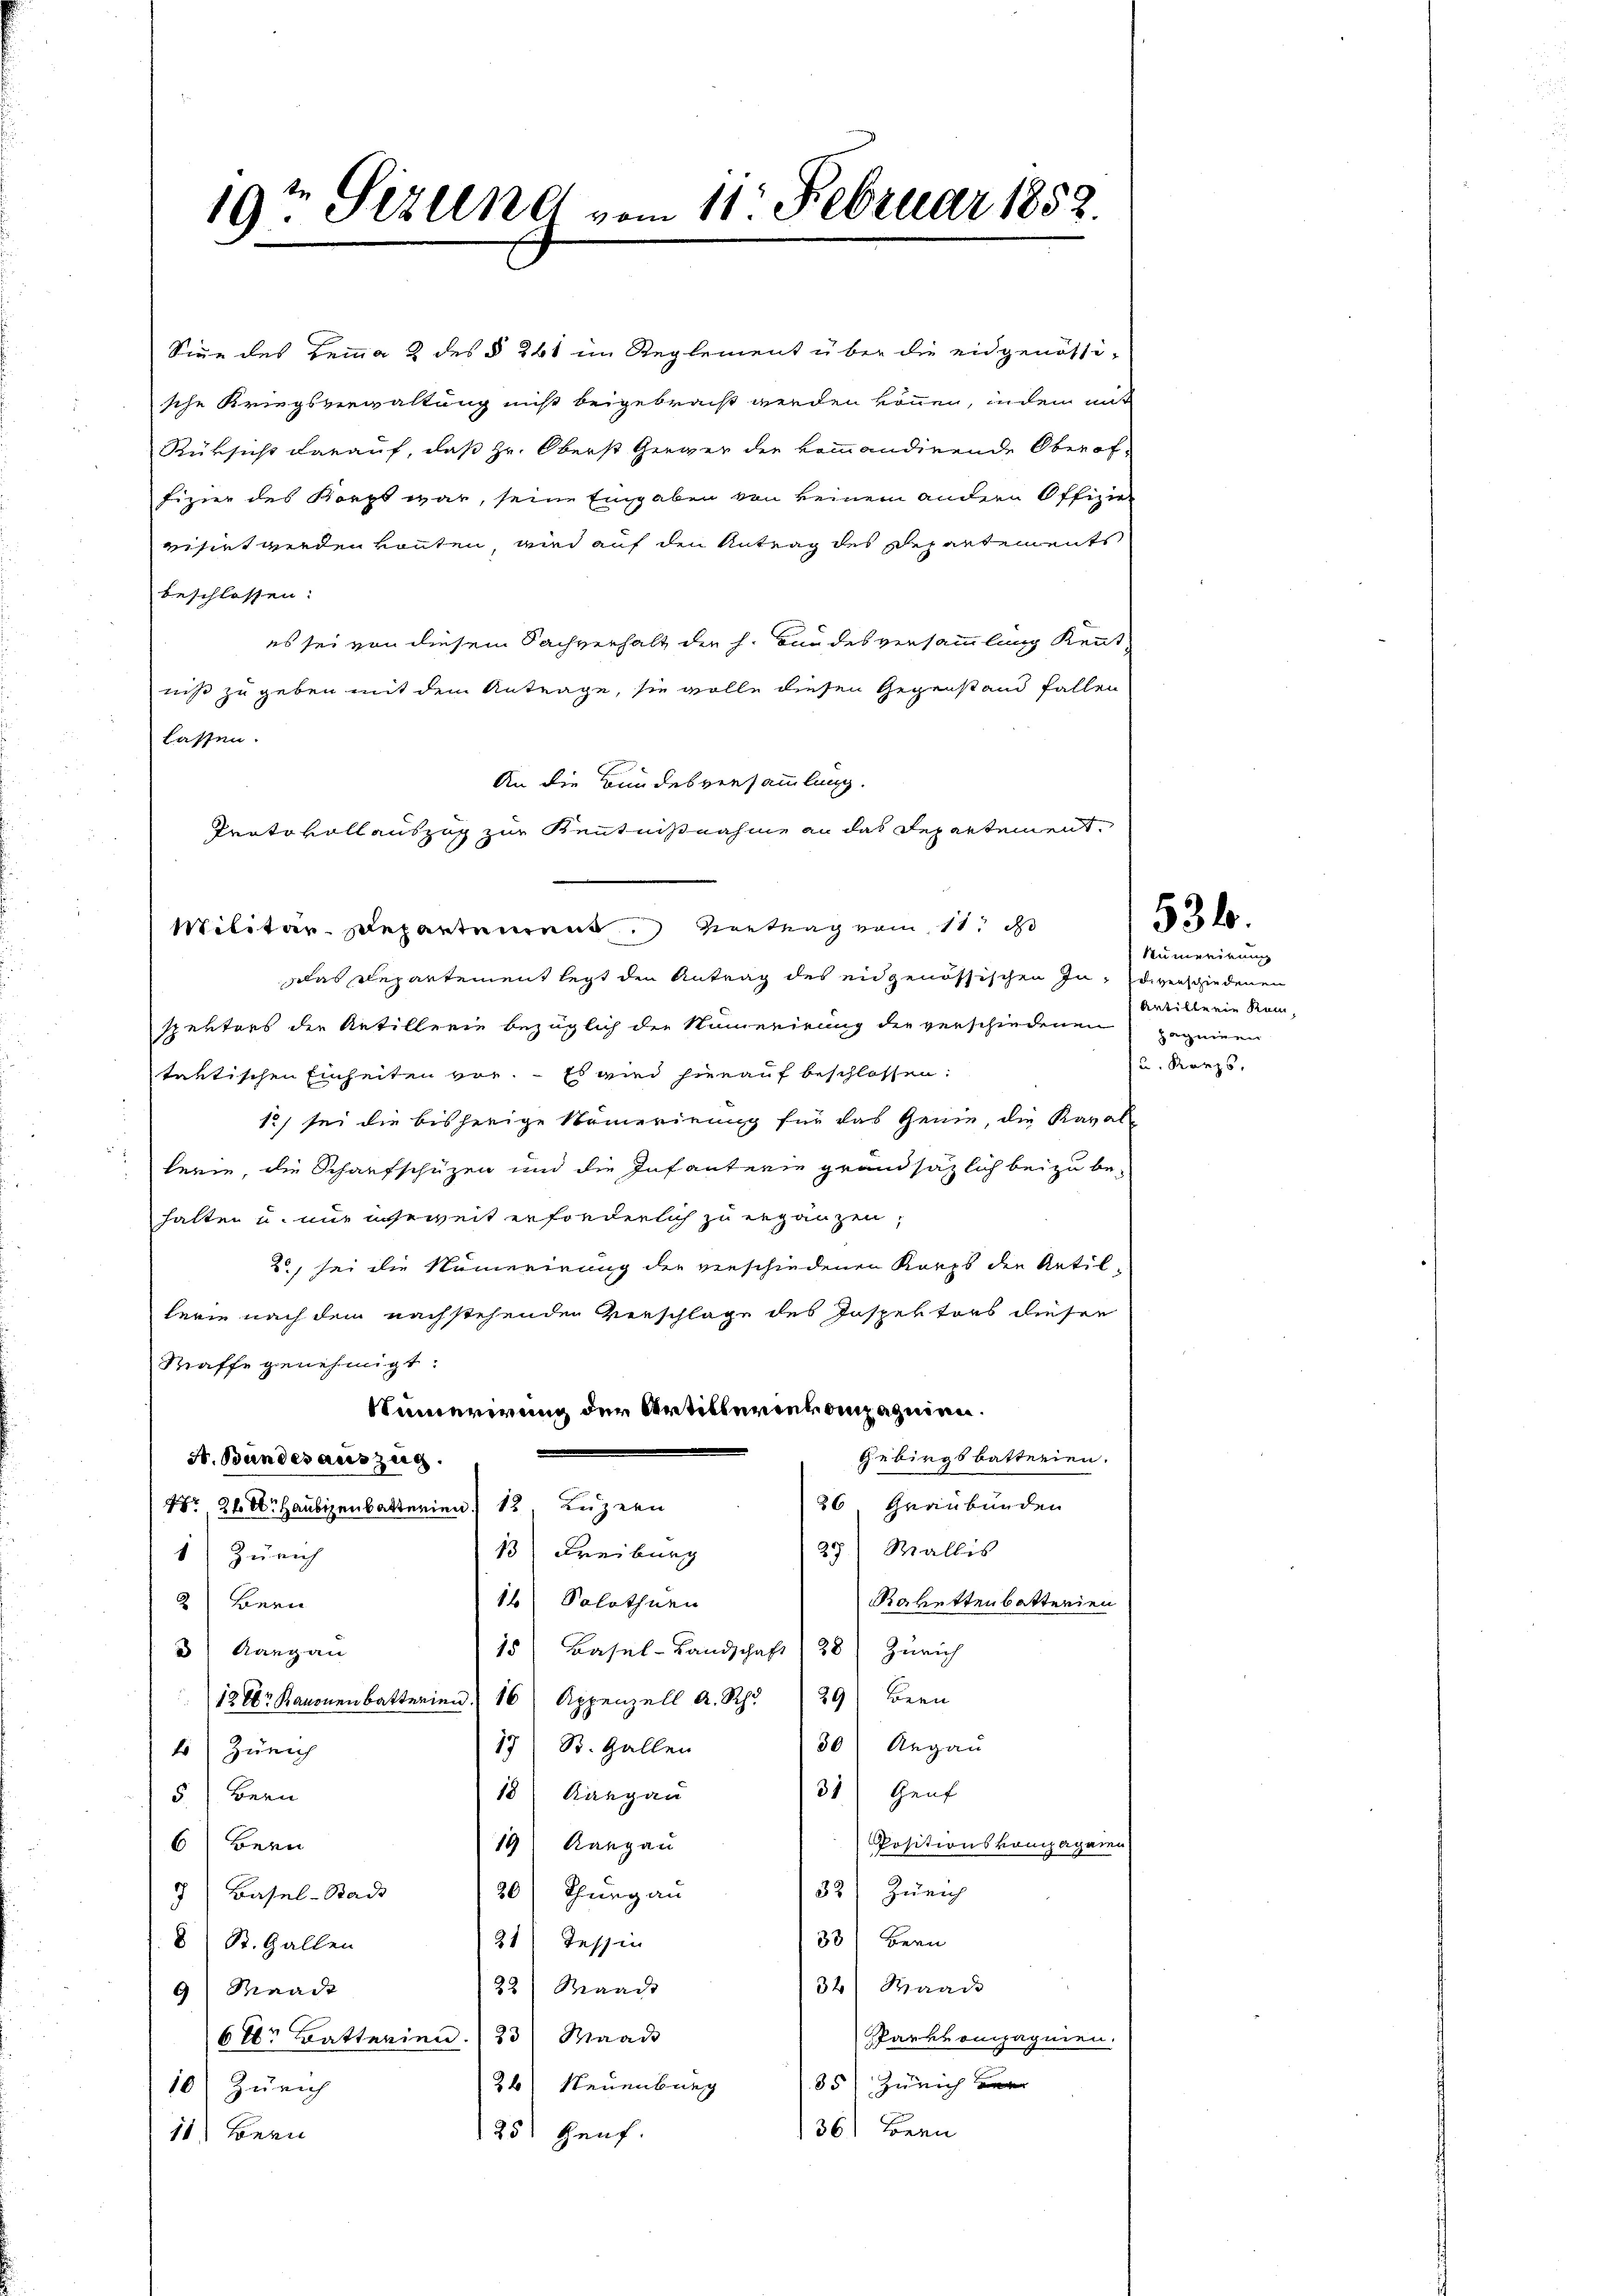
19ten Sizung vom 11. Februar 1852.

An die Bundesversammlung.
Protokollauszug zur Kenntnißnahme an das Departement.
Militär-Departement Vertrag vom 11. D

Sige des Hemma 2 des § 241 im Reglement über die eidgenössi-
sche Kriegsverwaltung nicht beigebracht werden können, indem mit
Rüksicht darauf, daß Hr. Oberst Gerwer der kommandirende Oberof-
Fizier des Korpt war, seine Eingaben von keinem andern Offizier
risirt werden könten, wird auf den Antrag des Departements
beschlossen:
es sei von diesem Sachverhalt die h. Bundesversammlung Kennt
niß zu geben mit dem Antrage, sie volle diesen Gegenstand fallen
lassen.
has Repartement legt den Antrag des eidgenössischen Indiverschiedenen
spektors der Artillerie bezüglich die Numerirung der verschiedenen
taktischen Einheiten vor. Es wird hierauf beschlossen:
1) sei die bisherige Namerirung für das Genie, die Kaval-
hern, die Schaufschützen und die Infanterie grundsätzlich bei zu be-
hatten u. nur erweit erforderlich zu ergänzen,
2) sei die Namerirung der verschiedenen Korps der Retillerie nach dem nachstehenden Verschlage des Inspektors diesen
Staffe genehmigt.
Numerirung der Artilleriekompagnien.
Gebirgsbatterien.
A. Bundesauszug.
26 Graubünden
Nr. 24 t Haubigenbatterien 12 Luzern
29) Wallis
13) Freiburg
1) Zürich
Rakettenbatterien
16) Solothurn
2 Bern
15) Basel-Landschaft 38) Zürich
 Rang an
12 Kanonenbatterien 16 Appenzell A. Rh.29) Bern
30 Argau
17) St. Gallen
1) Zürich
31) Genf
18 Rangau
5.) Bern
6) Bern
Positionskompagnien
19 Rangau
32) Zürich
20) Thung au
7 Basel-Bad
33) Bern
21) Tessin
 St. Gallen
32) Waad
22) Waadt
9 Meacht
Parkompagnien.
6 Xr Batterien.23) Waad
35 Zürich ver
26) Neuenburg
10) Zürich
36) Bern
25 Heuf.
11) Bern

Rumerirung
Artillerie kam,
pageinen
u. Kurzs

531.